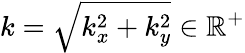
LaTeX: k=\sqrt{k_{x}^{2}+k_{y}^{2}}\in\mathbb{R}^{+}